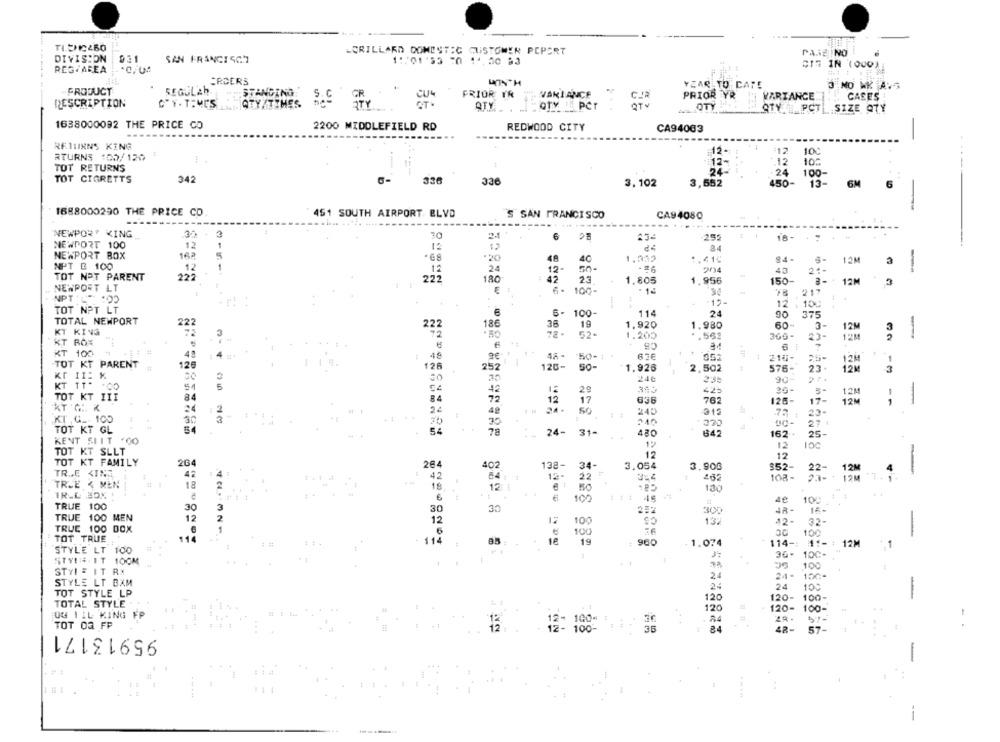
TIEN2260
LORILLARD DOMESTIC CUSTOMER POPART
PAJZ NO
DIVISION
931
SAN FRANCISCO
11/01:53 70 14, 50 83
CIS IN (000)
REGFAREA
ORDERS
SEGULAb
YEAR TO CATE
3 NO WK AVS
PRODUCT
. STANDING
PRIOR IR
VARIANCE
PRIOR YR
VARIANCE
CASES
DESCRIPTION
G"Y. TIMES
CEY/TTHES
QTY.
. QTY IE PCT
OTY
ATY | PCT SIZE OTY
1638000092 THE PRICE CO
2200 MIDDLEFIELD RD
REDWOOD CITY
CA94003
-
RETURNS KING
12
12-
10
RTURNS :05/120
12
TOT RETURNS
10:
TOT CIGRETTS
342
.24
100-
336
336
3,102
3,552
450-
6M
6
-
1688000290 THE PRICE CO
451 SOUTH AIRPORT. BLVD
'S SAN FRANCISCO
CA94080
NEWPORT KING
32 .
2
6
25:
NEWPORT 100
12
1
12
NEWPORT BOX
162
-20
48
40
-
1.41℃
94-
IAM
3
NPT B 100
12
1
24
-#6
12-
204
43
21-
TOT NOT PARENT
222
222
180
42
23
1.805
1.956
150-
3- 12M
NEWPORT LT
6- 100-
. 14
34
78
217
-12-
12 : 100
TOT NPT LT
6- 100-
114
24
90
375
TOTAL NEWPORT
222
C
222
186
36
19
1,920
1.980
60-
3-
12M
KT KIVS
72
78-
52+
369-
-
1.200
.. 562
23-
32
KT ROX
KT 100
:: #
4ª
4ª
ge
50-1
.
210-
128
25-
12M
1
TOT KT PARENT
126
252
120-
So-
1.926
2,502
576-
23.
12M
3
Kf II: K
30
240
2:35
904
KT TT-
64
42
29
42:
20-
12M
1
TOT KT III
84
84
72
12
17
636
762
126-
17-
12M
1
KT G. K
: 2
24
48
50
240
.72
23-
KT G .- 100
30
27
TOT KT GL
54
78
162.
24- 31-
480
642
25-
KENT SILT '00
12
TOT KT SLLT
204
12
12
TOT KT FAMILY
264
402
138- 34-
3.054
3.900
$52-
22-
TR .. E. KINE
42
22
12M
18
12-
202
108-
23-
TRUE < MEN
2
18
12:
130
IR-L BOX
6
100
49
1
100
TRUE 100
30
3
30
30
252
30%
1: -
TRUE 100 MEN
12
2
12
15
100
132
42-
32.
TRUE 100 DOX
1
6
100
00
100
TOT TRUE
114
114
19
: 960
114-
STYLE LT 100
1.07
1 :-: 12M
3:
30.
100
STYLIS. IT 100M
100
STVI = IT RX
24
24.
100
STYLE LT BAM
24
24
100
TOT STYLE LP
120
120-
100.
TOTAL STYLE
120
120-
100-
OG TIL KING FF
84
TOT OR FF
95913171
12: 180:1.
: 84
57-
--